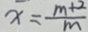
x = \frac { m + 2 } { m }